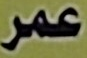
عمر